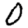
Digit: 0